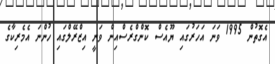
އެގޮތުން 1995 ވަނަ އަހަރުގައި ޔޫއެސް ކޮންގްރެސްއިން ވަނީ އިޒްރޭލްގައި ހުންނަ އެމެރިކާގެ